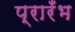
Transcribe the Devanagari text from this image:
प्रारँभ